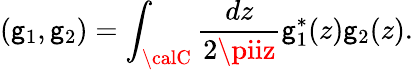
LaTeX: (\mathsf{g}_{1},\mathsf{g}_{2})=\int_{\calC}\frac{{dz}}{{2\piiz}}\mathsf{g}_{1}^{*}(z)\mathsf{g}_{2}(z).